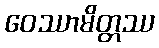
ဝေဿာမိတ္တဿ